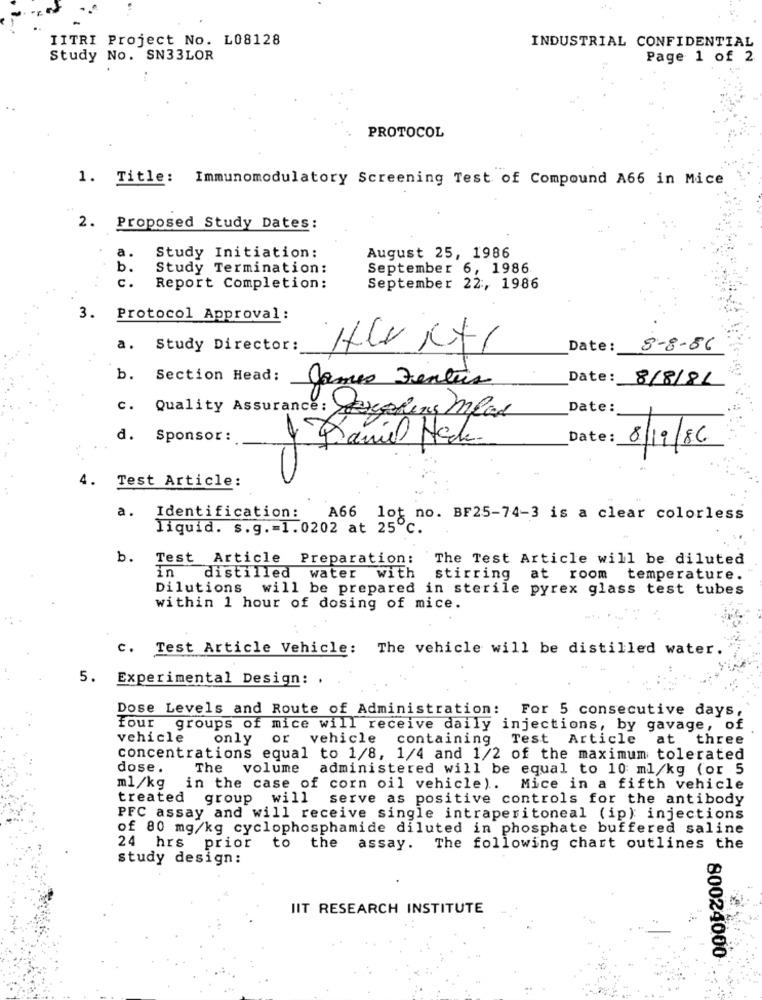
IITRI Project No. L08128
INDUSTRIAL CONFIDENTIAL
Study No. SN33LOR
Page 1 of 2
PROTOCOL
1. Title: Immunomodulatory Screening Test of Compound A66 in Mice
2. Proposed Study Dates:
a.
Study Initiation:
August 25, 1986
b.
Study Termination:
September 6, 1986
c.
Report Completion:
September 22 :, 1986
3.
Protocol Approval :
a. Study Director:
Date: 8-8-56
b. Section Head:
Date:
8/8/81
James Fentes
Date:
c. Quality Assurance: Erstens mlad
d. Sponsor :
4 Daniel Hace
Date: 8/19/86
4. Test Article:
a.
Identification:
A66 lot no. BF25-74-3 is a clear colorless
liquid. s.g. = 1.0202 at 25℃.
b. Test Article Preparation:
The Test Article will be diluted
in
distilled water with stirring at room temperature.
Dilutions will be prepared in sterile pyrex glass test tubes
within 1 hour of dosing of mice.
c. Test Article Vehicle: The vehicle will be distilled water.
5. Experimental Design: ,
Dose Levels and Route of Administration: For 5 consecutive days,
four groups of mice will receive daily injections, by gavage, of
vehicle
only or vehicle
containing Test Article
at three
concentrations equal to 1/8, 1/4 and 1/2 of the maximum tolerated
dose.
The volume administered will be equal to 10 ml/kg (or 5
ml/kg in the case of corn oil vehicle). Mice in a fifth vehicle
treated group will serve as positive controls for the antibody
PFC assay and will receive single intraperitoneal (ip): injections
of 80 mg/kg cyclophosphamide diluted in phosphate buffered saline
to
24 hrs prior
the assay.
The following chart outlines the
study design:
IIT RESEARCH INSTITUTE
80024000